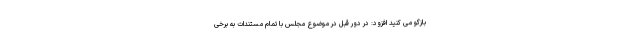
بازگو می کنید افزود: در دور قبل در موضوع مجلس با تمام مستندات به برخی